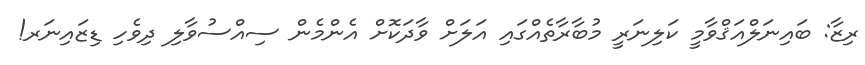
ރިޒާ: ބައިނަލްއަޤްވާމީ ކަލިނަރީ މުބާރާތެއްގައި އަލަށް ވާދަކޮށް އެންމެން ސިއްސުވާލި ދިވެހި ޑިޒައިނަރ!